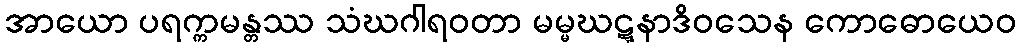
အာယော ပရက္ကမန္တဿ သံဃဂါရဝတာ မမ္မဃဋ္ဋနာဒိဝသေန ကောဓောယေဝ